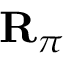
\mathbf { R } _ { \pi }